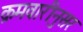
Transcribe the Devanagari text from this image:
क्रमवारीनुसर